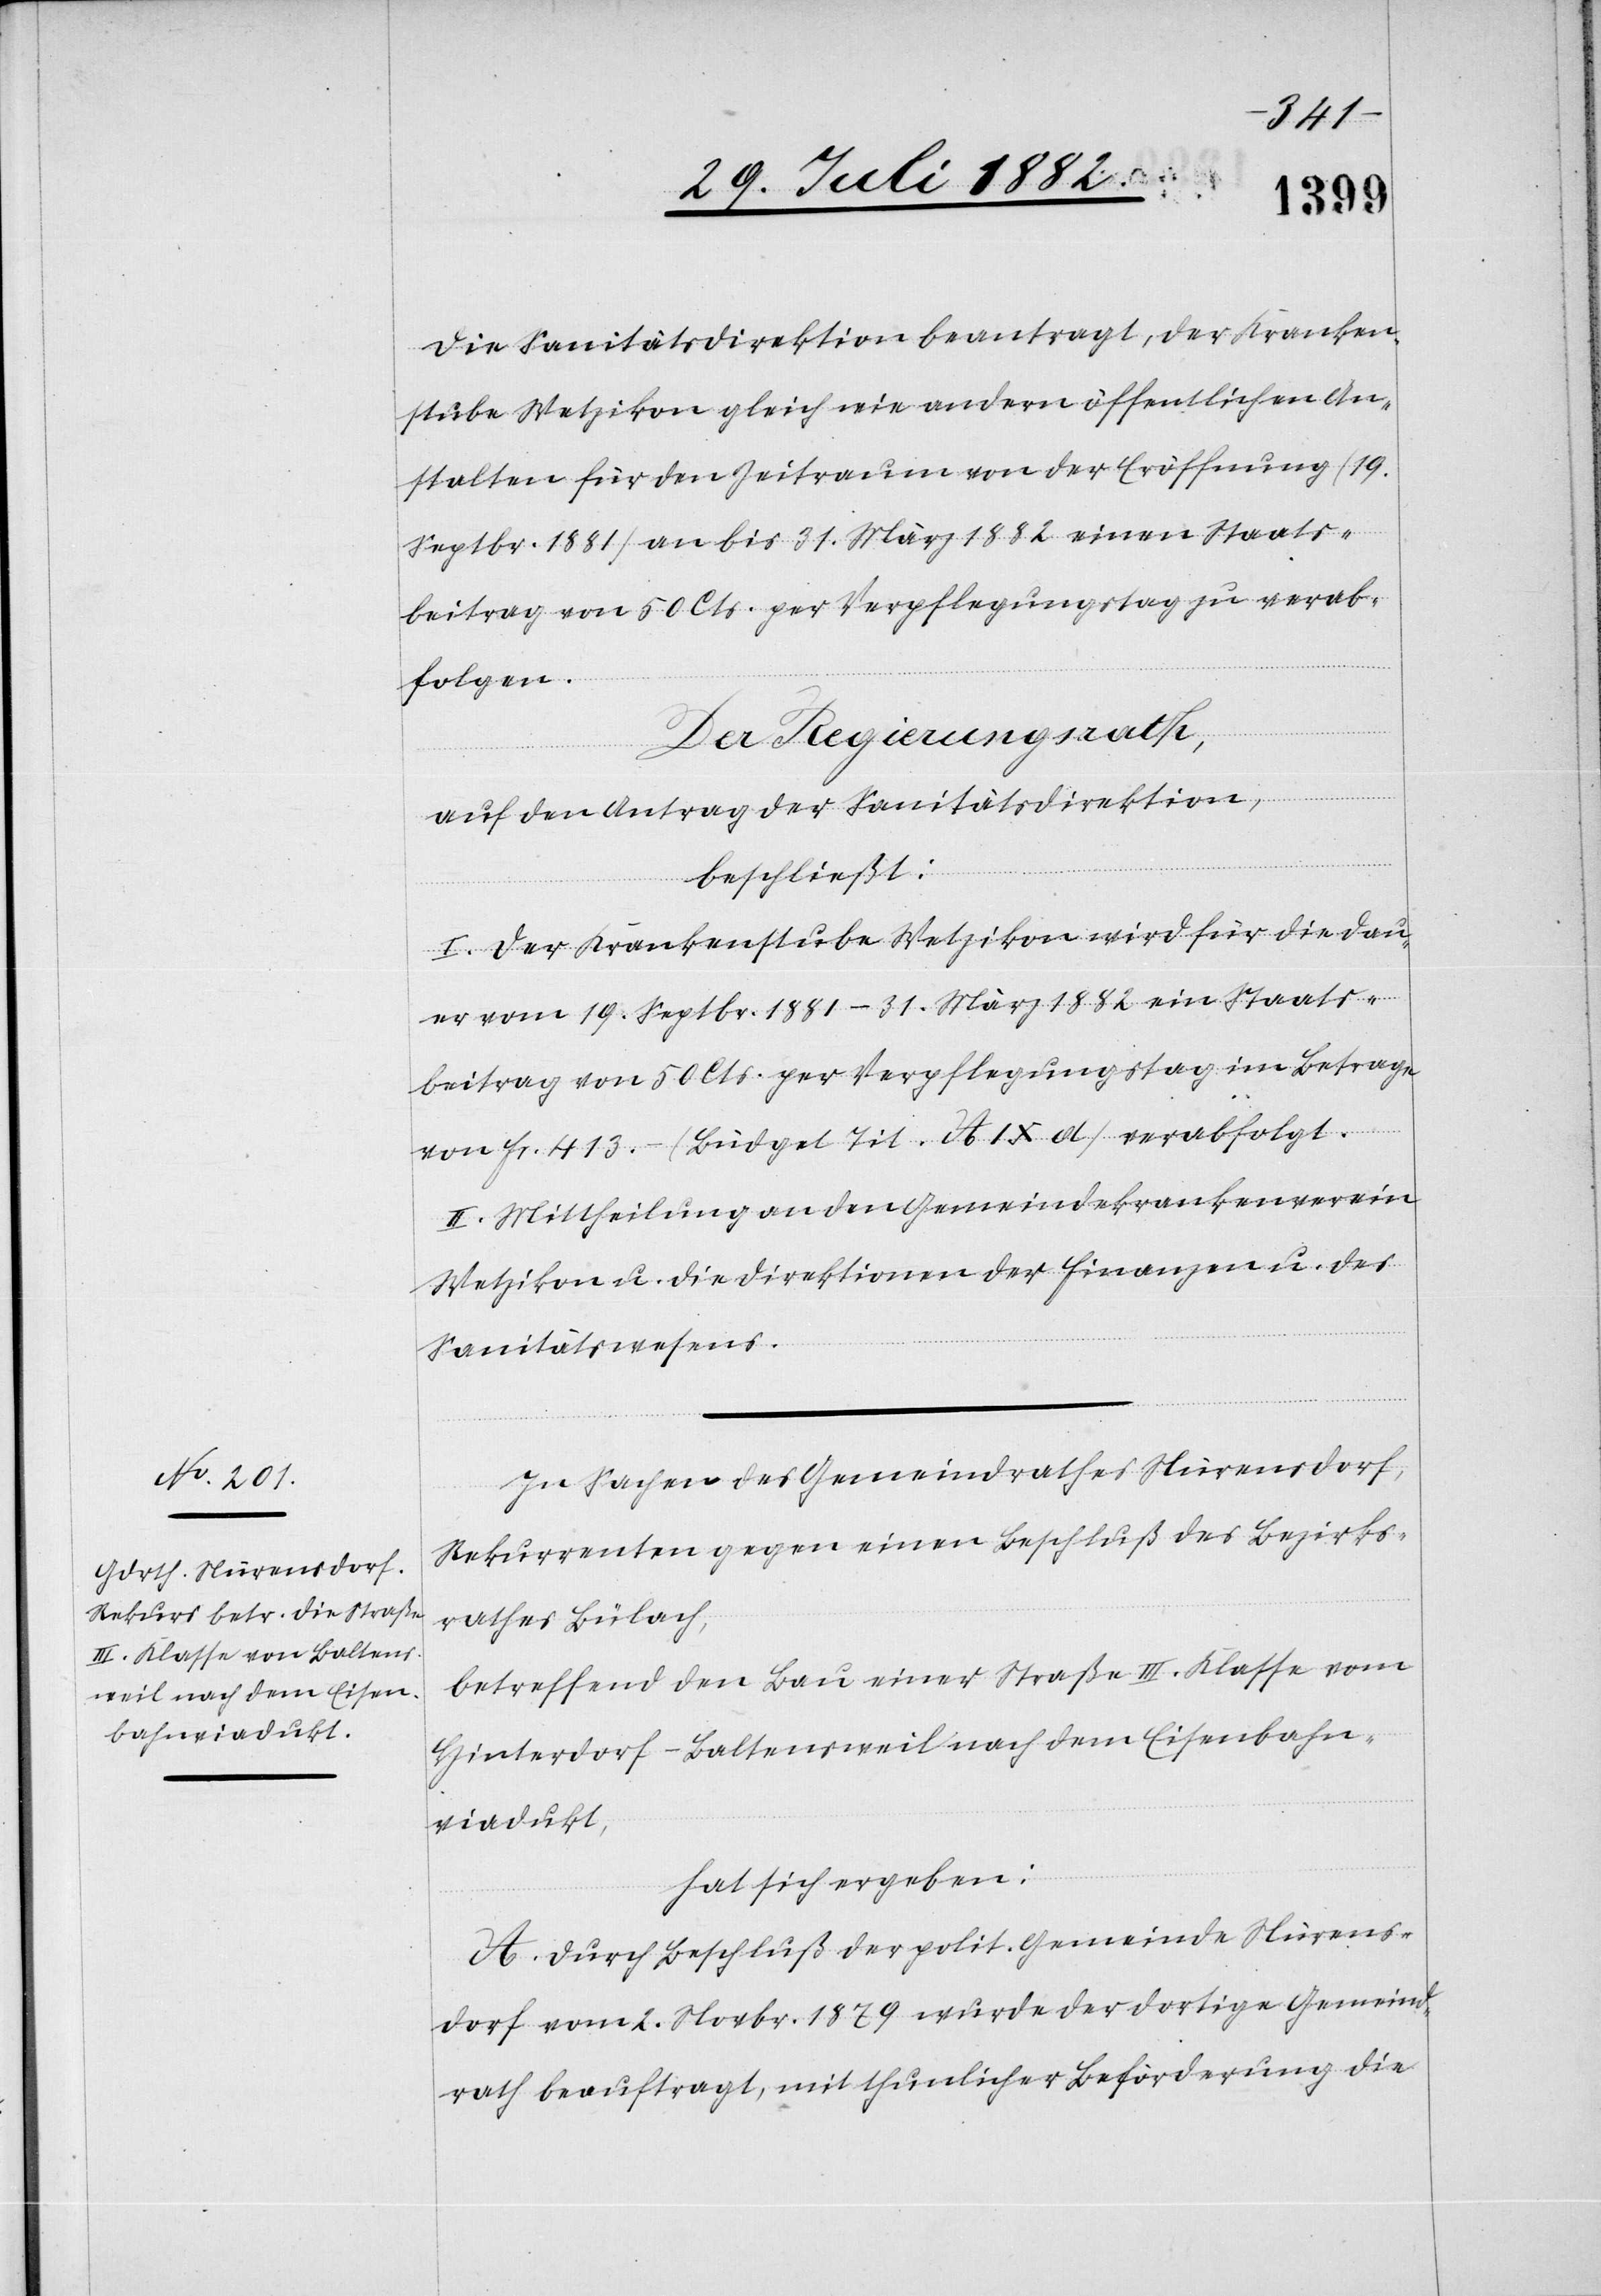
Die Sanitätsdirektion beantragt, der Kranken¬
stube Wetzikon gleich wie andern öffentlichen An¬
stalten für den Zeitraum von der Eröffnung (19.
Septbr. 1881) an bis 31. März 1882 einen Staats¬
beitrag von 50 Cts. per Verpflegungstag zu verab¬
folgen.
Der Regierungsrath,
auf den Antrag der Sanitätsdirektion,
beschließt:
I. Der Krankenstube Wetzikon wird für die Dau¬
er von 19. Septbr. 1881–31. März 1882 ein Staats¬
beitrag von 50 Cts. per Verpflegungstag im Betrage
von Fr. 413.– (Büdget Tit. A IX d) verabfolgt.
II. Mittheilung an den Gemeindekrankenverein
Wetzikon u. die Direktionen der Finanzen u. des
Sanitätswesens.
In Sachen des Gemeindrathes Nürensdorf,
Rekurrenten gegen einen Beschluß des Bezirks¬
rathes Bülach,
betreffend den Bau einer Straße III. Klasse vom
Hinterdorf - Baltensweil nach dem Eisenbahn¬
viadukt,
hat sich ergeben:
A. Durch Beschluß der polit. Gemeinde Nürens¬
dorf vom 2. Novbr. 1879 wurde der dortige Gemeind¬
rath beauftragt, mit thunlicher Beförderung die